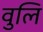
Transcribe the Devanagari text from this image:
वुलि